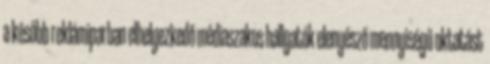
a később reklámiparban elhelyezkedő médiaszakos hallgatók elenyésző mennyiségű oktatást